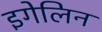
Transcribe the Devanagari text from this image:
इगेलिन